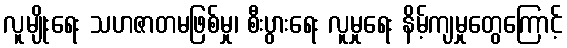
လူမျိုးရေး သဟဇာတမဖြစ်မှု၊ စီးပွားရေး လူမှုရေး နိမ့်ကျမှုတွေကြောင့်